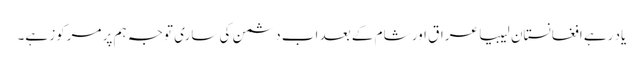
یاد رہے افغانستان لیبیا عراق اور شام کے بعد اب دشمن کی ساری توجہ ہم پر مرکوز ہے۔